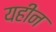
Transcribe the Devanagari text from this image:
यहीन